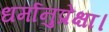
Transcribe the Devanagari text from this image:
धर्मानुप्रेक्षा।